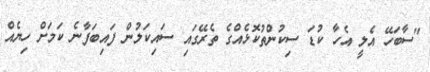
"ސާބަހޭ އެލީ އެހާ ކުޑަ ސިކުންތުކޮޅެއްގެ ތެރޭގައި ސައިކަލުން ފައިބަފާނެ ކަމަށް ހިޔެއް